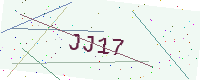
Text: JJ17